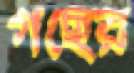
গছের